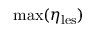
\mathrm { m a x } ( \eta _ { \mathrm { l e s } } )